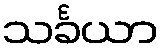
သင်္ခယာ